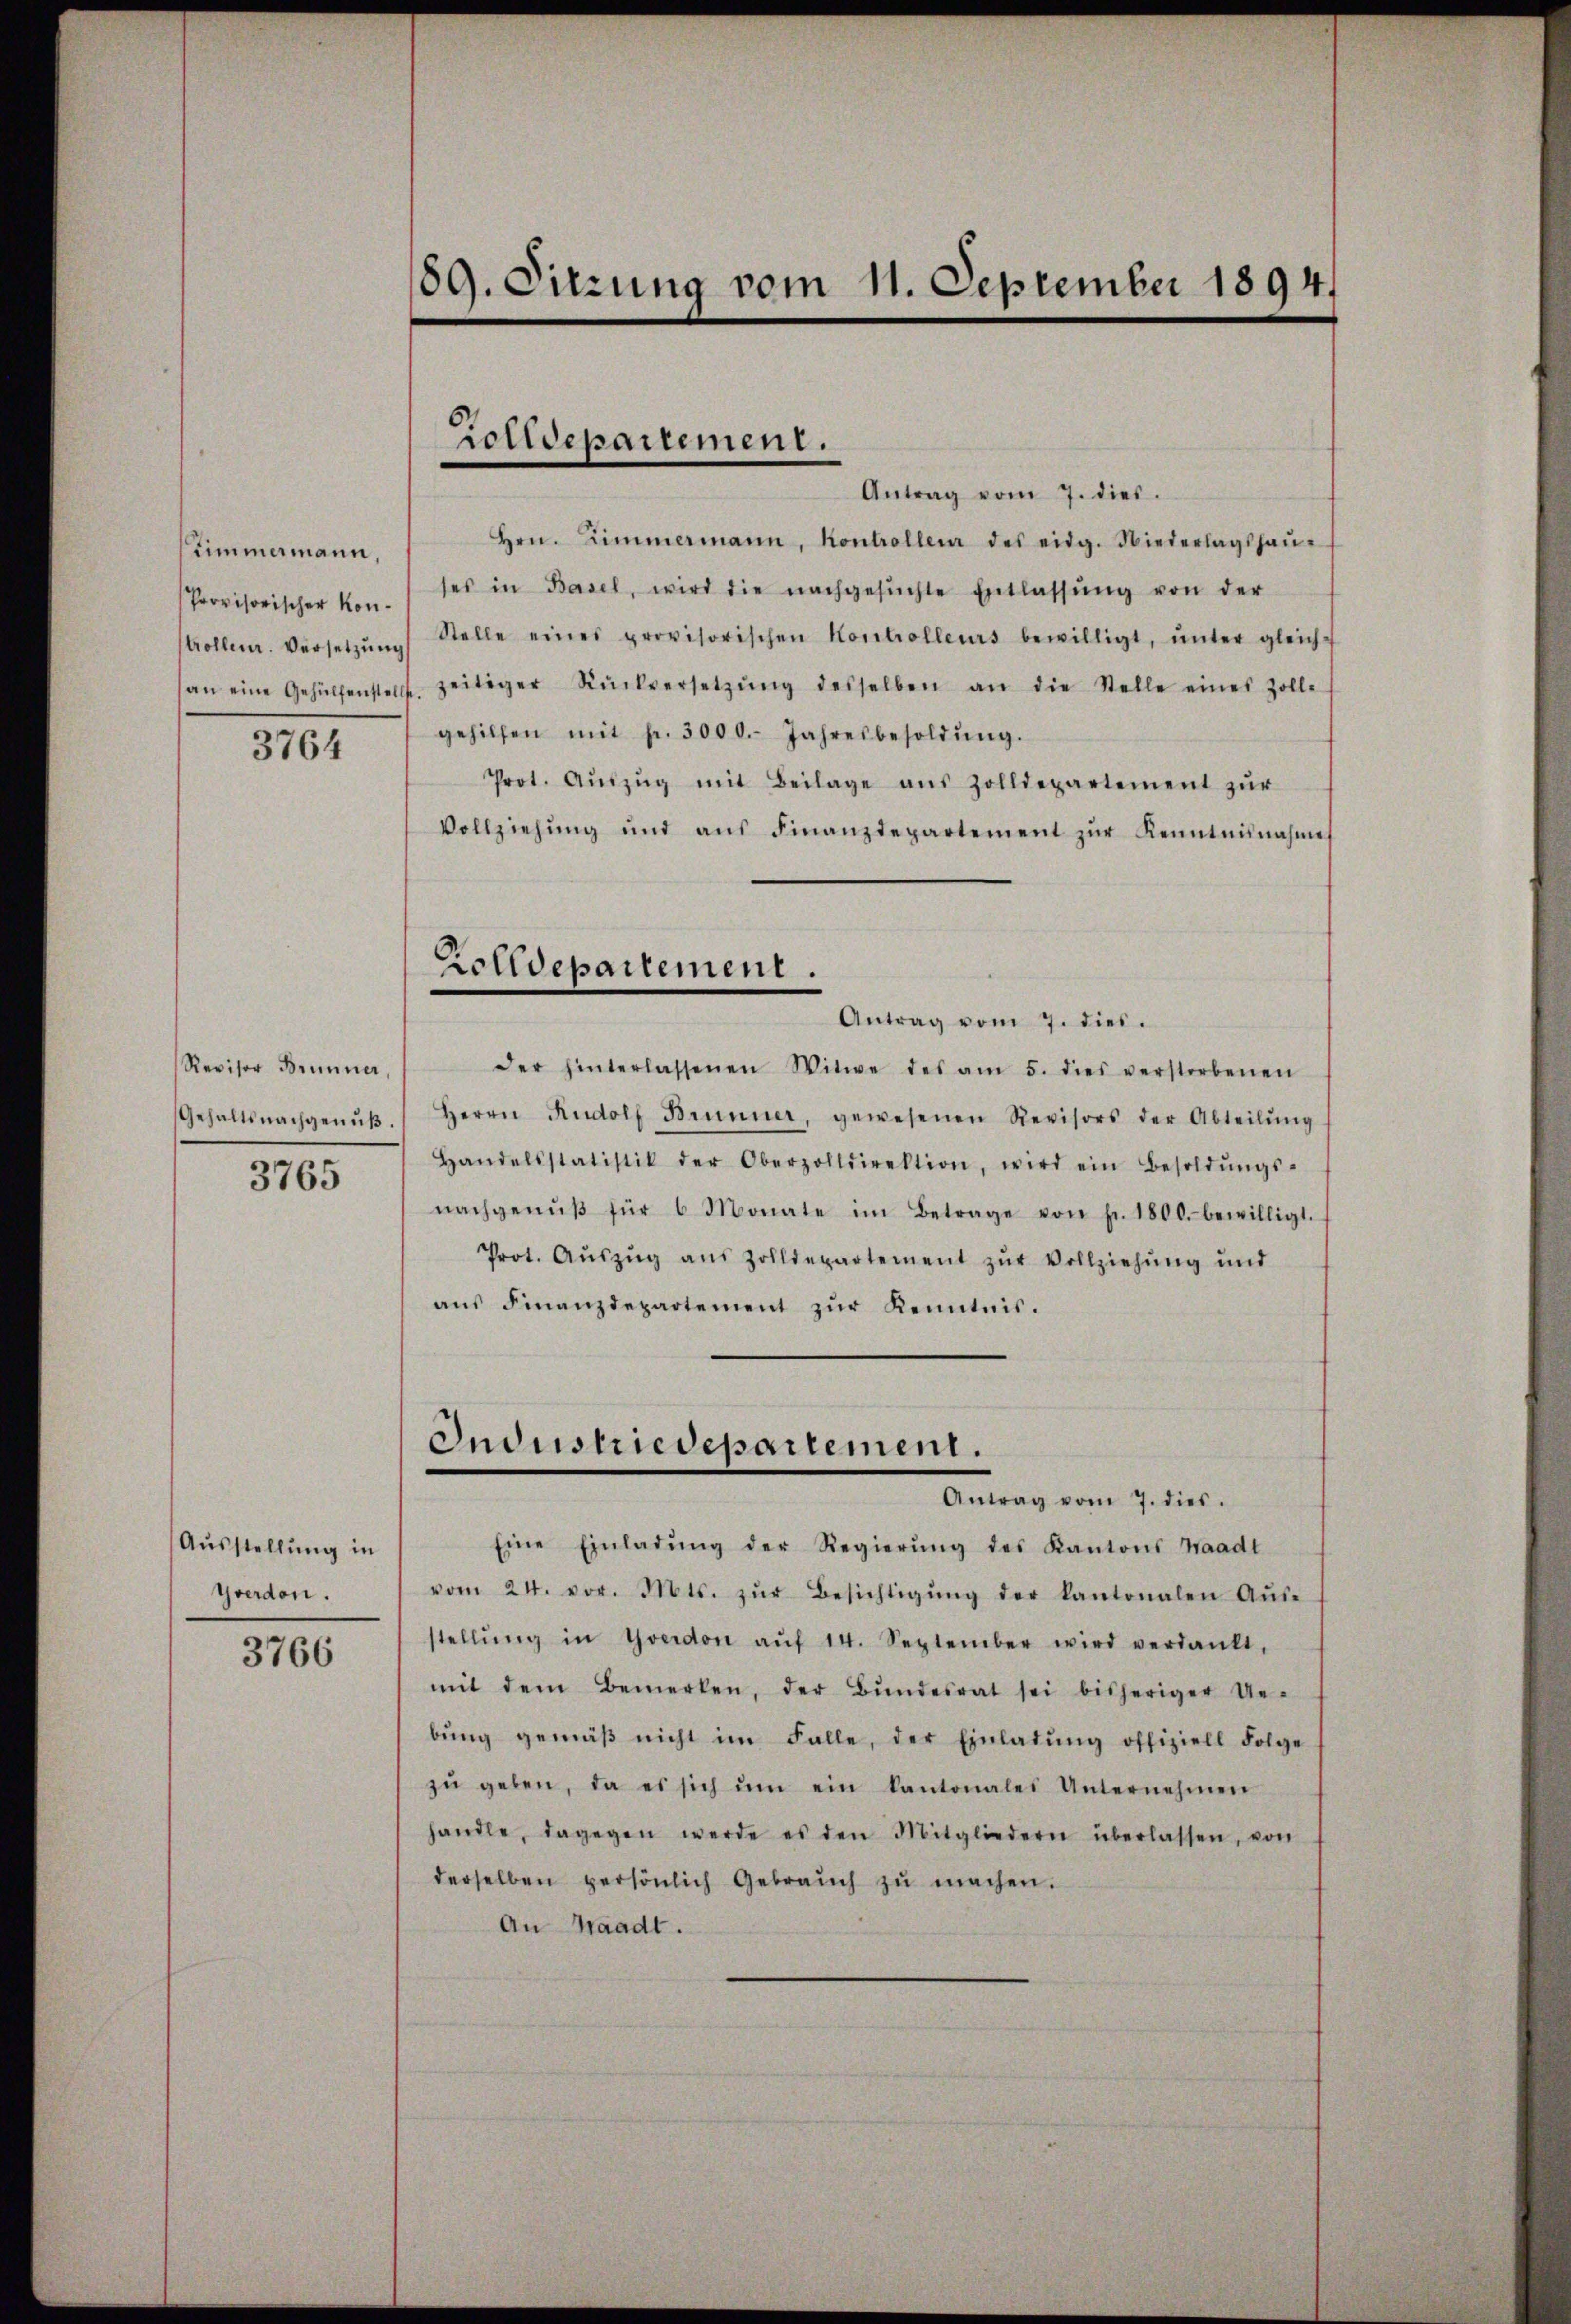
Stimmermann,
Provisorischer Konan eine Gehülfenstellt.

3764

Revisor Brünner,
Gehaltsnachgenuß.
3765

Ausstellung in
Yverdon.

3766

89. Sitzung vom 11. September 1894.

Zolldepartement.

Antrag vom 7. dies
Hrn. Zimmermann, Kontrollen des eidg. Niederlagshaŭ-
ses in Basel, wird die nachgesŭchte Entlassŭng von der
strollen. Versetzŭng Stelle eines provisorischen Kontrolleurs bewilligt, ŭnter gleich-
zeitiger Rückversetzŭng desselben an die Stelle eines Zolle
gehilfen mit fr. 3000. Jahresbesoldŭng.
Prot. Aŭszŭg mit Beilage aŭs Zolldepartement zŭr
Vollziehŭng und aŭs Finanzdepartement zŭr Kenntnisnahme
Zolldepartement.
Antrag vom 7. dies.
der hinterlassenen Witwe des am 5. dies verstorbenen
Herrn Rudolf Brünner, gewesenen Revisors der Abteilŭng
Handelsstatistik der Oberzolldirektion, wird ein Besoldŭngs-
nachgenŭβ für 6 Monate im Betrage von pr. 1800. bewilligt.
Prot. Aŭszŭg aŭs Zolldepartement zŭr Vollziehŭng und
ans Finanzdepartement zŭr Kenntnis.

Industriedepartement.
Antrag vom 7. dies.

Eine Einladŭng der Regierŭng des Kantons Waadt
vom 24. vor. Mts. zŭr Besichtigŭng der kantonalen Aŭs-
stellŭng in Yverdon aŭf 14. September wird verdankt,
mit dem Bemerken, der Bŭndesrat sei bisheriger Ue-
bŭng gemäβ nicht im Falle, der Einlatŭng offiziell Folge
zŭ geben, da es sich ŭm ein kantonales Unternehmen
handle, dagegen werde es den Mitgliedern überlassen, von
derselben persönlich Gebraŭch zŭ machen.
An Waadt.